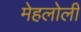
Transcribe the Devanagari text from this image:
मेहलोली